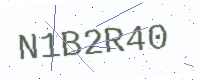
Text: N1B2R40